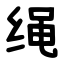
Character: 绳